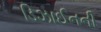
ડિઝાઈનની